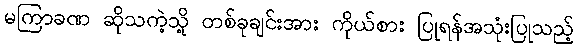
မကြာခဏ ဆိုသကဲ့သို့ တစ်ခုချင်းအား ကိုယ်စား ပြုရန်အသုံးပြုသည့်